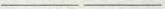
___ ___